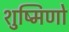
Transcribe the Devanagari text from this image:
शुष्मिणो